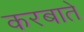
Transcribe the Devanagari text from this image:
करबाते